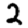
Digit: 2